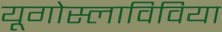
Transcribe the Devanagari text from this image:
यूगोस्लाविविया